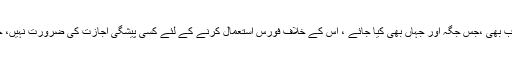
اقوام متحدہ نے تو ایک وسیع تر تناظر میں یہ اجازت بھی دے رکھی ہے کہ دہشت گردی کا ارتکاب دنیا میں جب بھی ِ،جس جگہ اور جہاں بھی کیا جائے ، اس کے خلاف فورس استعمال کرنے کے لئے کسی پیشگی اجازت کی ضرورت نہیں، چنانچہ سی آئی اے اسی ریزولیوشن کی آڑ میں گزشتہ کئی برسوں سے فاٹا کے شہریوں پر ڈرون برسا رہی ہے۔